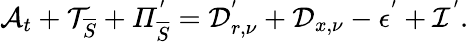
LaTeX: \mathcal{A}_{t}+\mathcal{T}_{\overline{{S}}}+\mathit{\Pi}_{\overline{{S}}}^{'}=\mathcal{D}_{r,\nu}^{'}+\mathcal{D}_{x,\nu}-\mathcal{\epsilon}^{'}+\mathcal{I}^{'}.